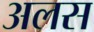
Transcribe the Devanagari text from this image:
अलस